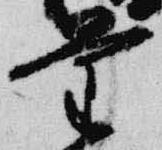
量